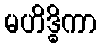
မဟိဒ္ဓိကာ